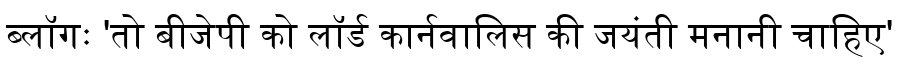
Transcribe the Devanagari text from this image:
ब्लॉगः 'तो बीजेपी को लॉर्ड कार्नवालिस की जयंती मनानी चाहिए'